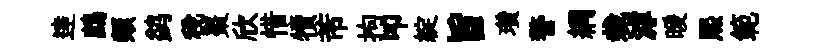
逹鷓類鹢稅棗欣惜犢芾拘叩綻旨瓚警綱栽滹暖熙範